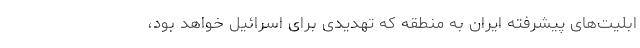
ابلیت‌های پیشرفته ایران به منطقه که تهدیدی برای اسرائیل خواهد بود،